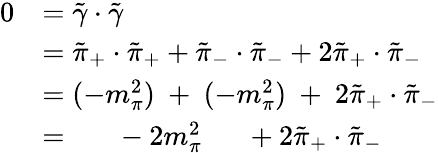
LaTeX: \begin{array}{rl}{0}&{=\tilde{\gamma}\cdot\tilde{\gamma}}\\ &{=\tilde{\pi}_{+}\cdot\tilde{\pi}_{+}+\tilde{\pi}_{-}\cdot\tilde{\pi}_{-}+2\tilde{\pi}_{+}\cdot\tilde{\pi}_{-}}\\ &{=(-m_{\pi}^{2})\ +\ (-m_{\pi}^{2})\ +\ 2\tilde{\pi}_{+}\cdot\tilde{\pi}_{-}}\\ &{=\quad\ \ -2m_{\pi}^{2}\quad\ \ +2\tilde{\pi}_{+}\cdot\tilde{\pi}_{-}}\end{array}